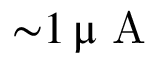
{ \sim } 1 \, \upmu \mathrm { ~ A ~ }